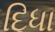
દિધા